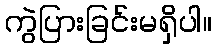
ကွဲပြားခြင်းမရှိပါ။